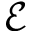
\mathscr { E }